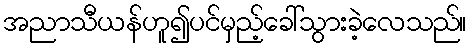
အညာသီယန်ဟူ၍ပင်မှည့်ခေါ်သွားခဲ့လေသည်။